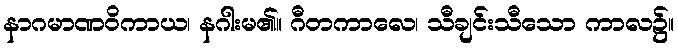
နာဂမာဏဝိကာယ၊ နဂါးမ၏။ ဂီတကာလေ၊ သီချင်းသီသော ကာလ၌။